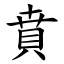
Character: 賁